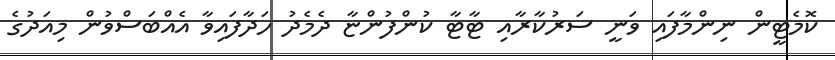
ކޮމެޓީން ނިންމާފައި ވަނީ ސަރުކާރާއި ޓާޓާ ކުންފުންޏާ ދެމެދު ހަދާފައިވާ އެއްބަސްވުން މިއަދުގެ